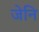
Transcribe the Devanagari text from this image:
जेनि